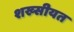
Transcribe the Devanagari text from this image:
शख्सीयत